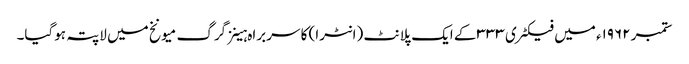
ستمبر ۱۹۶۲ء میں فیکٹری ۳۳۳ کے ایک پلانٹ (انٹرا) کا سربراہ ہینز گرگ میونخ میں لاپتہ ہوگیا۔